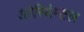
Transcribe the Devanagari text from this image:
ओरियेन्टल